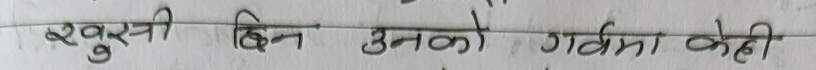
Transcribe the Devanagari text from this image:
खुसी छिन उनको गर्भमा केही